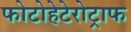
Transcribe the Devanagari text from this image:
फोटोहेटेरोट्राफ